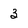
Character: 3